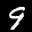
Label: 9